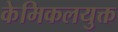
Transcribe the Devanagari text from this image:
केमिकलयुक्त